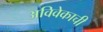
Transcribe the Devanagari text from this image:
अविवेकाची